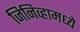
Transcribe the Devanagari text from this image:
जिनिव्हामध्ये